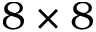
8 \times 8